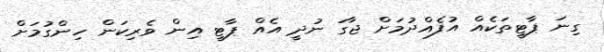
ގިނަ ޕާޓީތަކެއް އުފެއްދުމަށް ޖާގަ ނުދީ އެއް ޕާޓީ އިން ވެރިކަން ހިންގުމަށް